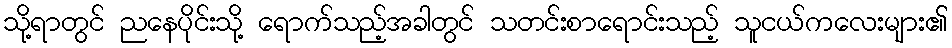
သို့ရာတွင် ညနေပိုင်းသို့ ရောက်သည့်အခါတွင် သတင်းစာရောင်းသည့် သူငယ်ကလေးများ၏